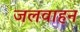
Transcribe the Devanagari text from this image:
जलवाहन